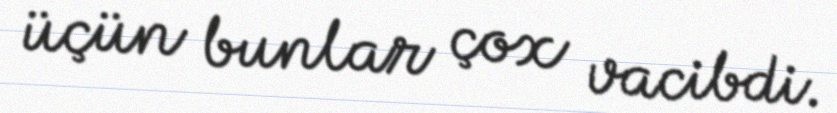
üçün bunlar çox vacibdi.